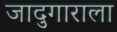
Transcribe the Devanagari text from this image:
जादुगाराला